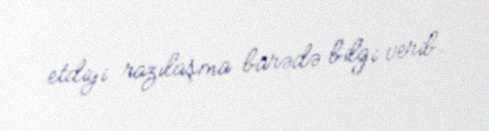
etdiyi razılaşma barədə bilgi verib.